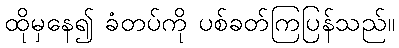
ထိုမှနေ၍ ခံတပ်ကို ပစ်ခတ်ကြပြန်သည်။